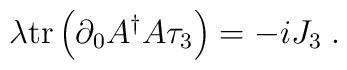
\lambda\mathrm{tr}\left(  \partial_{0}A^{\dag}A\tau_{3}\right)  =-iJ_{3}\;.